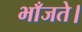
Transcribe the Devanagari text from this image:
भाँजते।